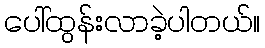
ပေါ်ထွန်းလာခဲ့ပါတယ်။